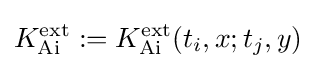
K_{\operatorname {Ai} }^{\operatorname {ext} }:=K_{\operatorname {Ai} }^{\operatorname {ext} }(t_{i},x;t_{j},y)